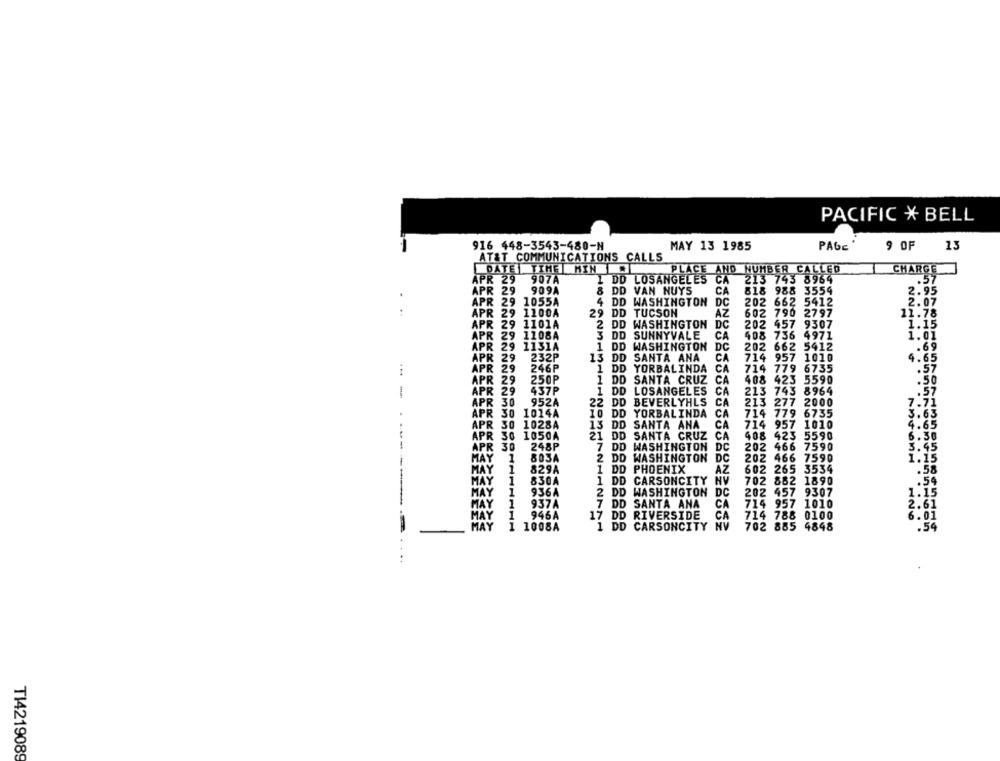
PACIFIC * BELL
916 448-3543-480-N
MAY 13 1985
PAGE
9 OF
13
AT&T COMMUNICATIONS CALLS
DATE TIME MIN
PLACE AND NUMBER CALLED
CHARGE
APR 29
907A
1 DD LOSANGELES CA
213 743 8964
.57
APR 29
909A
8 DD
VAN NUYS
CA
818 988 3554
2.95
APR 29
1055A
4 DD WASHINGTON DC
202 662 5412
2.07
APR 29 1100A
29 DD TUCSON
AZ
602 790 2797
11.78
APR 29 1101A
2 DD WASHINGTON DC
202 457 9307
1.15
APR 29
1108A
3 DD
SUNNYVALE
CA
408 736 4971
1.01
APR 29
1131A
1 DD
WASHINGTON
DC
202 662 5412
.. 69
APR 29
232P
13 DD SANTA ANA
CA
714 957 1010
CA
4.65
APR 29
246P
1 DD YORBALINDA
714 779 6735
.57
APR 29
250P
1 DD SANTA CRUZ
408 423 5590
.50
APR 29
437P
1 DD LOSANGELES
CA
213 743 8964
.57
APR 30
952A
22 DD BEVERLYHLS
CA
213 277 2000
7.7
APR 30
1014A
10 DD YORBALINDA
CA
714 779 6735
3.63
APR 30
1028A
13 DD SANTA ANA
CA
714 957 1010
4.65
SANTA CRUZ
CA
408 423 5590
APR 30 1050A
21 DD
6.30
APR 30
248P
7 DD WASHINGTON DC
202 466 7590
3.45
803A
2 DD WASHINGTON DC
202 466 7590
1.is
MAY
1
829A
1 DD PHOENIX
AZ
602 265 3534
58
830A
54
MAY
1
1 DD CARSONCITY NV
702 882 1890
MAY
1
936A
2 DD WASHINGTON DC
202 457 9307
1.15
CA
MAY
937A
7 DD SANTA ANA
714 957 1010
2.61
MAY
1
946A
17 DD RIVERSIDE
714 788 0100
1 DD CARSONCITY
NV
1008A
702 885 4848
....
TI4219089